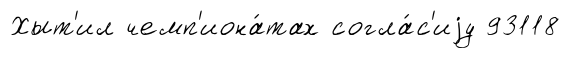
Хыт'ил чемп'иона́тах согла́с'иjу 93118